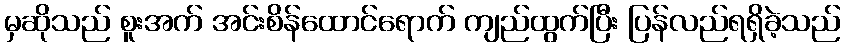
မှဆိုသည် စူးအက် အင်းစိန်ထောင်ရောက် ကျည်ထွက်ပြီး ပြန်လည်ရရှိခဲ့သည်